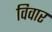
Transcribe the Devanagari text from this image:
विवार